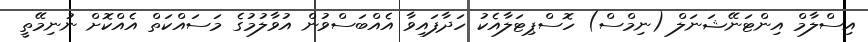
އިސްލާމް އިންޓަނޭޝަނަލް (ނިމްސް) ހޮސްޕިޓަލާއެކު ހަދާފައިވާ އެއްބަސްވުން އުވާލުމުގެ މަސައްކަތް އެއްކޮށް ނުނިމޭތީ